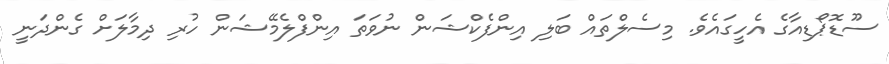
ސޫޑޮޕޯޑިއާގެ އެހީގައެވެ. މިސެލްތައް ބަލި އިންފެކްޝަން ނުވަތަ އިންފްލެމޭޝަން ހުރި ދިމާލަށް ގެންދަނީ